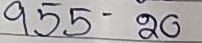
955 - 20